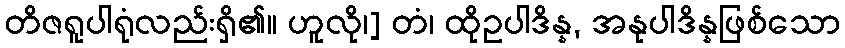
တိဇရူပါရုံလည်းရှိ၏။ ဟူလို၊] တံ၊ ထိုဥပါဒိန္န, အနုပါဒိန္နဖြစ်သော